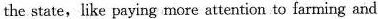
the state,like paying more attention to farming and